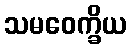
သမဝေက္ခိယ